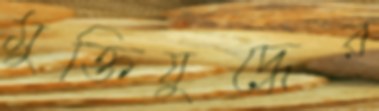
মুক্তিযুদ্ধের